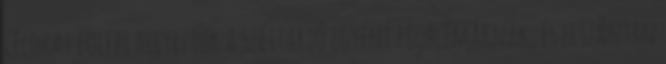
célokat fölébe helyeztük a széttartó egyéni problémáknak, és elszántan